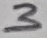
Text: 3